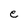
Character: e